Report of the Indian Hemp Drugs Commission, 1894-1895 - Volume VI
Year: 1894
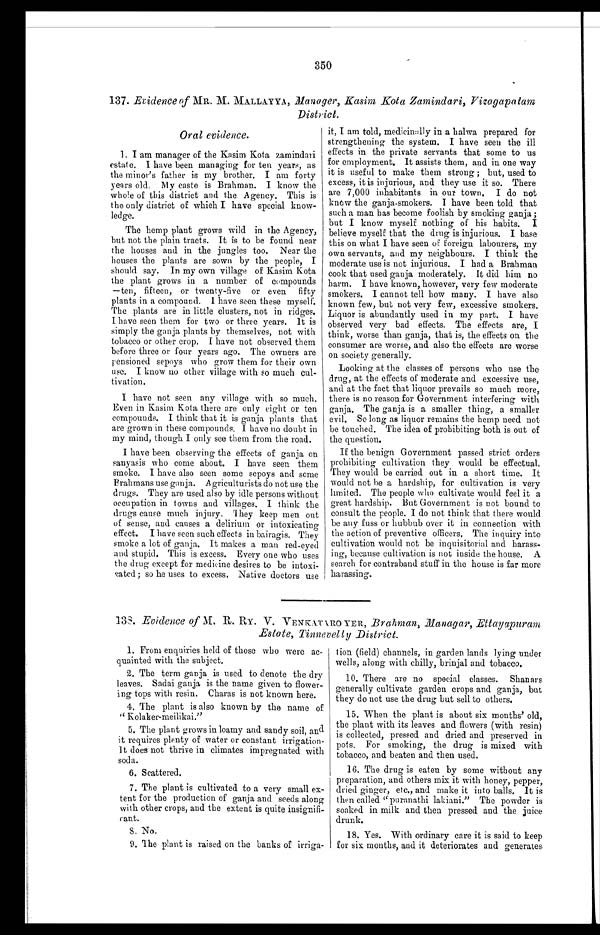
350
137. Evidence MR. M. MALLAYYA, Manager, Kasim Kota Zamindari, Vizagapatam
District.
Oral evidence.
1. I am manager of the Kasim Kota zamindari
estate. I have been managing for ten years, as
the minor's father is my brother. I am forty
years old. My caste is Brahman. I know the
whole of this district and the Agency. This is
the only district of which I have special know-
ledge.
The hemp plant grows wild in the Agency,
but not the plain tracts. It is to be found near
the houses and in the jungles too. Near the
houses the plants are sown by the people, I
should say. In my own village of Kasim Kota
the plant grows in a number of compounds
—ten, fifteen, or twenty-five or even fifty
plants in a compound. I have seen these myself.
The plants are in little clusters, not in ridges.
I have seen them for two or three years. It is
simply the ganja plants by themselves, not with
tobacco or other crop. I have not observed them
before three or four years ago. The owners are
pensioned sepoys who grow them for their own
use. I know no other village with so much cul-
tivation.
I have not seen any village with so much.
Even in Kasim Kota there are only eight or ten
compounds. I think that it is ganja plants that
are grown in these compounds. I have no doubt in
my mind, though I only see them from the road.
I have been observing the effects of ganja on
sanyasis who come about. I have seen them
smoke. I have also seen some sepoys and some
Brahmans use ganja. Agriculturists do not use the
drugs. They are used also by idle persons without
occupation in towns and villages. I think the
drugs cause much injury. They keep men out
of sense, and causes a delirium or intoxicating
effect. I have seen such effects in bairagis. They
smoke a lot of ganja. It makes a man red-eyed
and stupid. This is excess. Every one who uses
the drug except for medicine desires to be intoxi-
cated; so he uses to excess. Native doctors use
it, I am told, medicinally in a halwa prepared for
strengthening the system. I have seen the ill
effects in the private servants that some to us
for employment. It assists them, and in one way
it is useful to make them strong ; but, used to
excess, it is injurious, and they use it so. There
are 7,000 inhabitants in our town. I do not
knew the ganja-smokers. I have been told that
such a man has become foolish by smoking ganja ;
but I know myself nothing of his habits.
I b e l i e v e m y s e l f t h a t t h e d r u g i s i n j u r i o u s . I b a s e
this on what I have seen of foreign labourers, my
own servants, and my neighbours. I think the
moderate use is not injurious. I had a Brahman
cook that used ganja moderately. It did him no
harm. I have known, however, very few moderate
smokers. I cannot tell how many. I have also
known few, but not very few, excessive smokers.
Liquor is abundantly used in my part. I have
observed very bad effects. The effects are, I
think, worse than ganja, that is, the effects on the
consumer are worse, and also the effects are worse
on society generally.
Looking at the classes of persons who use the
d r u g , a t t h e e f f e c t s o f m o d e r a t e a n d e x c e s s i v e u s e ,
and at the fact that liquor prevails so much more,
there is no reason for Government interfering with
ganja. The ganja is a smaller thing, a smaller
evil. So long as liquor remains the hemp need not
be touched. The idea of prohibiting both is out of
the question.
If the benign Government passed strict orders
prohibiting cultivation they would be effectual.
They would be carried out in a short time. It
would not be a hardship, for cultivation is very
limited. The people who cultivate would feel it a
great hardship. But Government is not bound to
consult the people. I do not think that there would
be any fuss or hubbub over it in connection with
the action of preventive officers. The inquiry into
cultivation would not be inquisitorial and harass-
ing, because cultivation is not inside the house. A
search for contraband stuff in the house is far more
harassing.
138. Evidence of M. R. RY. V. VENKATARO YER, Brahman, Managar, Et t ayapuram
Estate, Tinnevelly District.
1. From enquiries held of those who were ac-
quainted with the subject.
2. The term ganja is used to denote the dry
leaves. Sadai ganja is the name given to flower-
ing tops with resin. Charas is not known here.
4. The plant is also known by the name of
" Kolaker-meilikai."
5. The plant grows in loamy and sandy soil, and
it requires plenty of water or constant irrigation.
It does not thrive in climates impregnated with
soda.
6. Scattered.
7. The plant is cultivated to a very small ex-
tent for the production of ganja and seeds along
with other crops, and the extent is quite insignifi-
cant.
8 .
N o .
9. The plant is raised on the banks of irriga-
tion (field) channels, in garden. lands lying under
wells, along with chilly, brinjal and tobacco.
10. There are no special classes. Shanars
generally cultivate garden crops and ganja, but
they do not use the drug but sell to others.
15. When the plant is about six months' old,
the plant with its leaves and flowers (with resin)
is collected, pressed and dried and preserved in
pots. For smoking, the drug is mixed with
tobacco, and beaten and then used.
16. The drug is eaten by some without any
preparation, and others mix it with honey, pepper,
dried ginger, etc., and make it into balls. It is
then called "puranathi lakiani." The powder is
soaked in milk and then pressed and the juice
drunk.
18. Yes. With ordinary care it is said to keep
for six months, and it deteriorates and generates